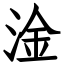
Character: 淦